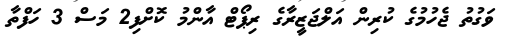
ވަގުތު ޖެހުމުގެ ކުރިން އަލްޖަޒީރާގެ ރިޕޯޓް އާންމު ކޮށްފި2 މަސް 3 ހަފްތާ